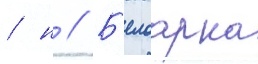
/ н // Б'елоарка